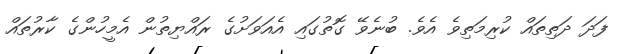
ފަދަ ދަތިތައް ކުރިމަތިވެ އެވެ. ބުނެވޭ ގޮތުގައި އެއަވަށުގެ ރައްޔިތުން އެމީހުންގެ ކާރުތައް